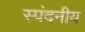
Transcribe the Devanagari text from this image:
स्पंदनीय